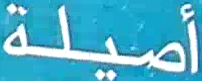
أصيلة